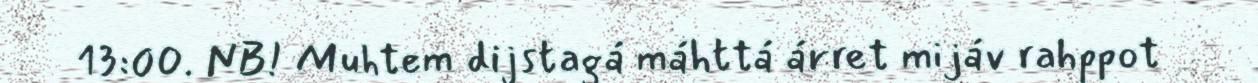
13:00. NB! Muhtem dijstagá máhttá árret mijáv rahppot